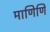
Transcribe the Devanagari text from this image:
माणिणि